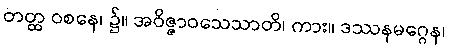
တတ္ထ ဝစနေ၊ ၌။ အဝိဇ္ဇာဝသေသာတိ၊ ကား။ ဒဿနမဂ္ဂေန၊